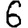
Digit: 6